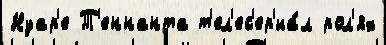
Нуар'е Т'еннанта т'ел'ес'ер'иа́л рол'ях